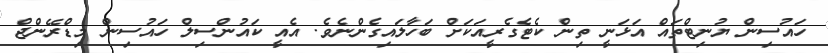
ހައުސިން ޔުނިޓްތައް އަޅަނީ ތިން ކެޓެގެރީއަކަށް ބަހާލައިގެންނެވެ. އެއީ ކައުންސިލް ހައުސިން މިޑްރޭންޖް